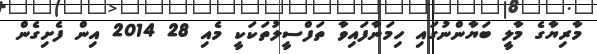
މާރިޔާގެ މާލީ ބަޔާންނުގައި ހިމަނާފައިވާ ތަފްސީލުތަކަކީ މެއި 28 2014 އިން ފެށިގެން